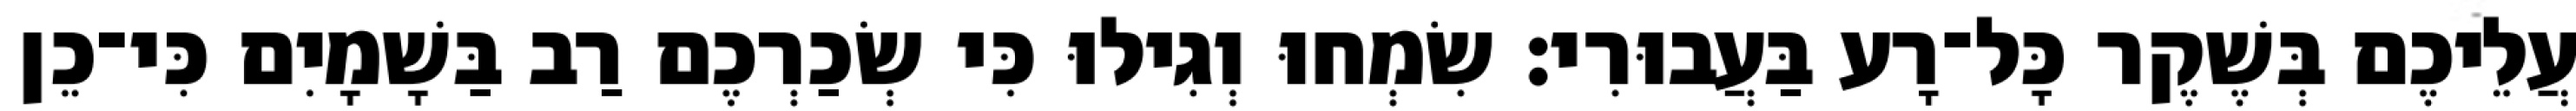
עֲלֵיכֶם בְּשֶׁקֶר כָּל־רָע בַּעֲבוּרִי׃ שִׂמְחוּ וְגִילוּ כִּי שְׂכַרְכֶם רַב בַּשָׁמָיִם כִּי־כֵן